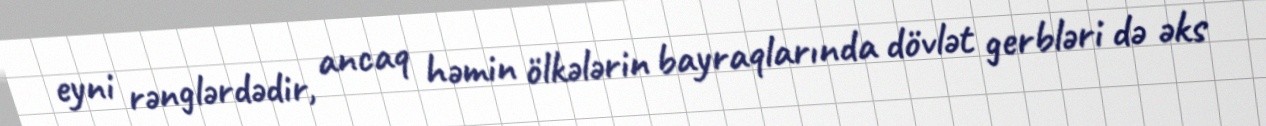
eyni rənglərdədir, ancaq həmin ölkələrin bayraqlarında dövlət gerbləri də əks